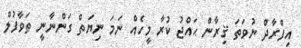
އިފްރާދް ނުވަތަ ޤިރާން ޙައްޖު ކުރާ މީހެއް ނަމަ ނިޔަތް ގަންނާނީ ޠަވާފުލް